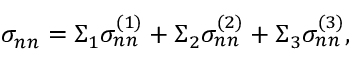
\sigma _ { n n } = \Sigma _ { 1 } \sigma _ { n n } ^ { ( 1 ) } + \Sigma _ { 2 } \sigma _ { n n } ^ { ( 2 ) } + \Sigma _ { 3 } \sigma _ { n n } ^ { ( 3 ) } ,